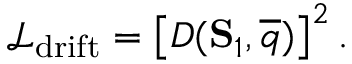
\mathcal { L } _ { \mathrm { d r i f t } } = \left[ D ( \mathbf { S } _ { 1 } , \overline { { q } } ) \right] ^ { 2 } .